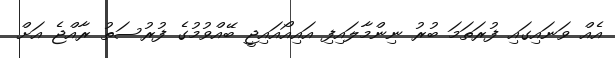
އެއް ވަނައިގައި ފުރަތަމަ ބުރު ނިންމާލައިފި އައިއޯއައިޖީ ބޭއްވުމުގެ ފުރުސަތު ރާއްޖެ އަށް